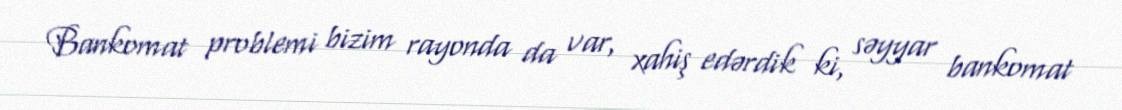
Bankomat problemi bizim rayonda da var, xahiş edərdik ki, səyyar bankomat